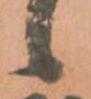
候